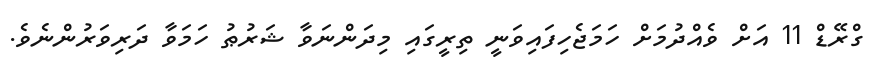
ގްރޭޑް 11 އަށް ވެއްދުމަށް ހަމަޖެހިފައިވަނީ ތިރީގައި މިދަންނަވާ ޝަރުޠު ހަމަވާ ދަރިވަރުންނެވެ.